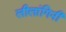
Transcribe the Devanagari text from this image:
लीलांगिनी